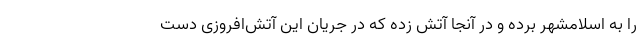
را به اسلامشهر برده و در آنجا آتش زده که در جریان این آتش‌افروزی دست